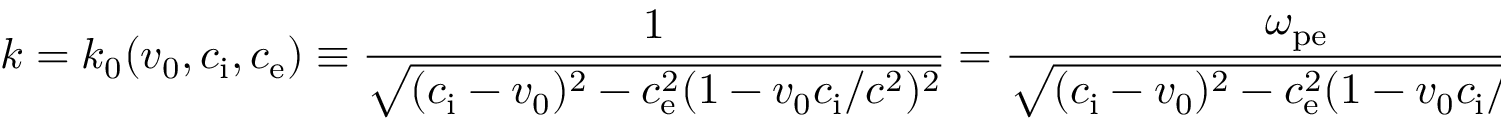
k = k _ { 0 } ( v _ { 0 } , c _ { \mathrm { i } } , c _ { \mathrm { e } } ) \equiv \frac { 1 } { \sqrt { ( c _ { \mathrm { i } } - v _ { 0 } ) ^ { 2 } - c _ { \mathrm { e } } ^ { 2 } ( 1 - v _ { 0 } c _ { \mathrm { i } } / c ^ { 2 } ) ^ { 2 } } } = \frac { \omega _ { \mathrm { p e } } } { \sqrt { ( c _ { \mathrm { i } } - v _ { 0 } ) ^ { 2 } - c _ { \mathrm { e } } ^ { 2 } ( 1 - v _ { 0 } c _ { \mathrm { i } } / c ^ { 2 } ) ^ { 2 } } } ,